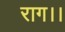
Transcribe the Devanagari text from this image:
राग।।